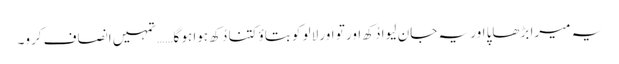
یہ میرا بڑھاپا اور یہ جان لیوا دُکھ اور تو اور لالو کو بتاؤ کتنا دُکھ ہوا ہو گا…… تمہیں انصاف کرو۔